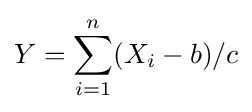
Y=\sum _{i=1}^{n}(X_{i}-b)/c